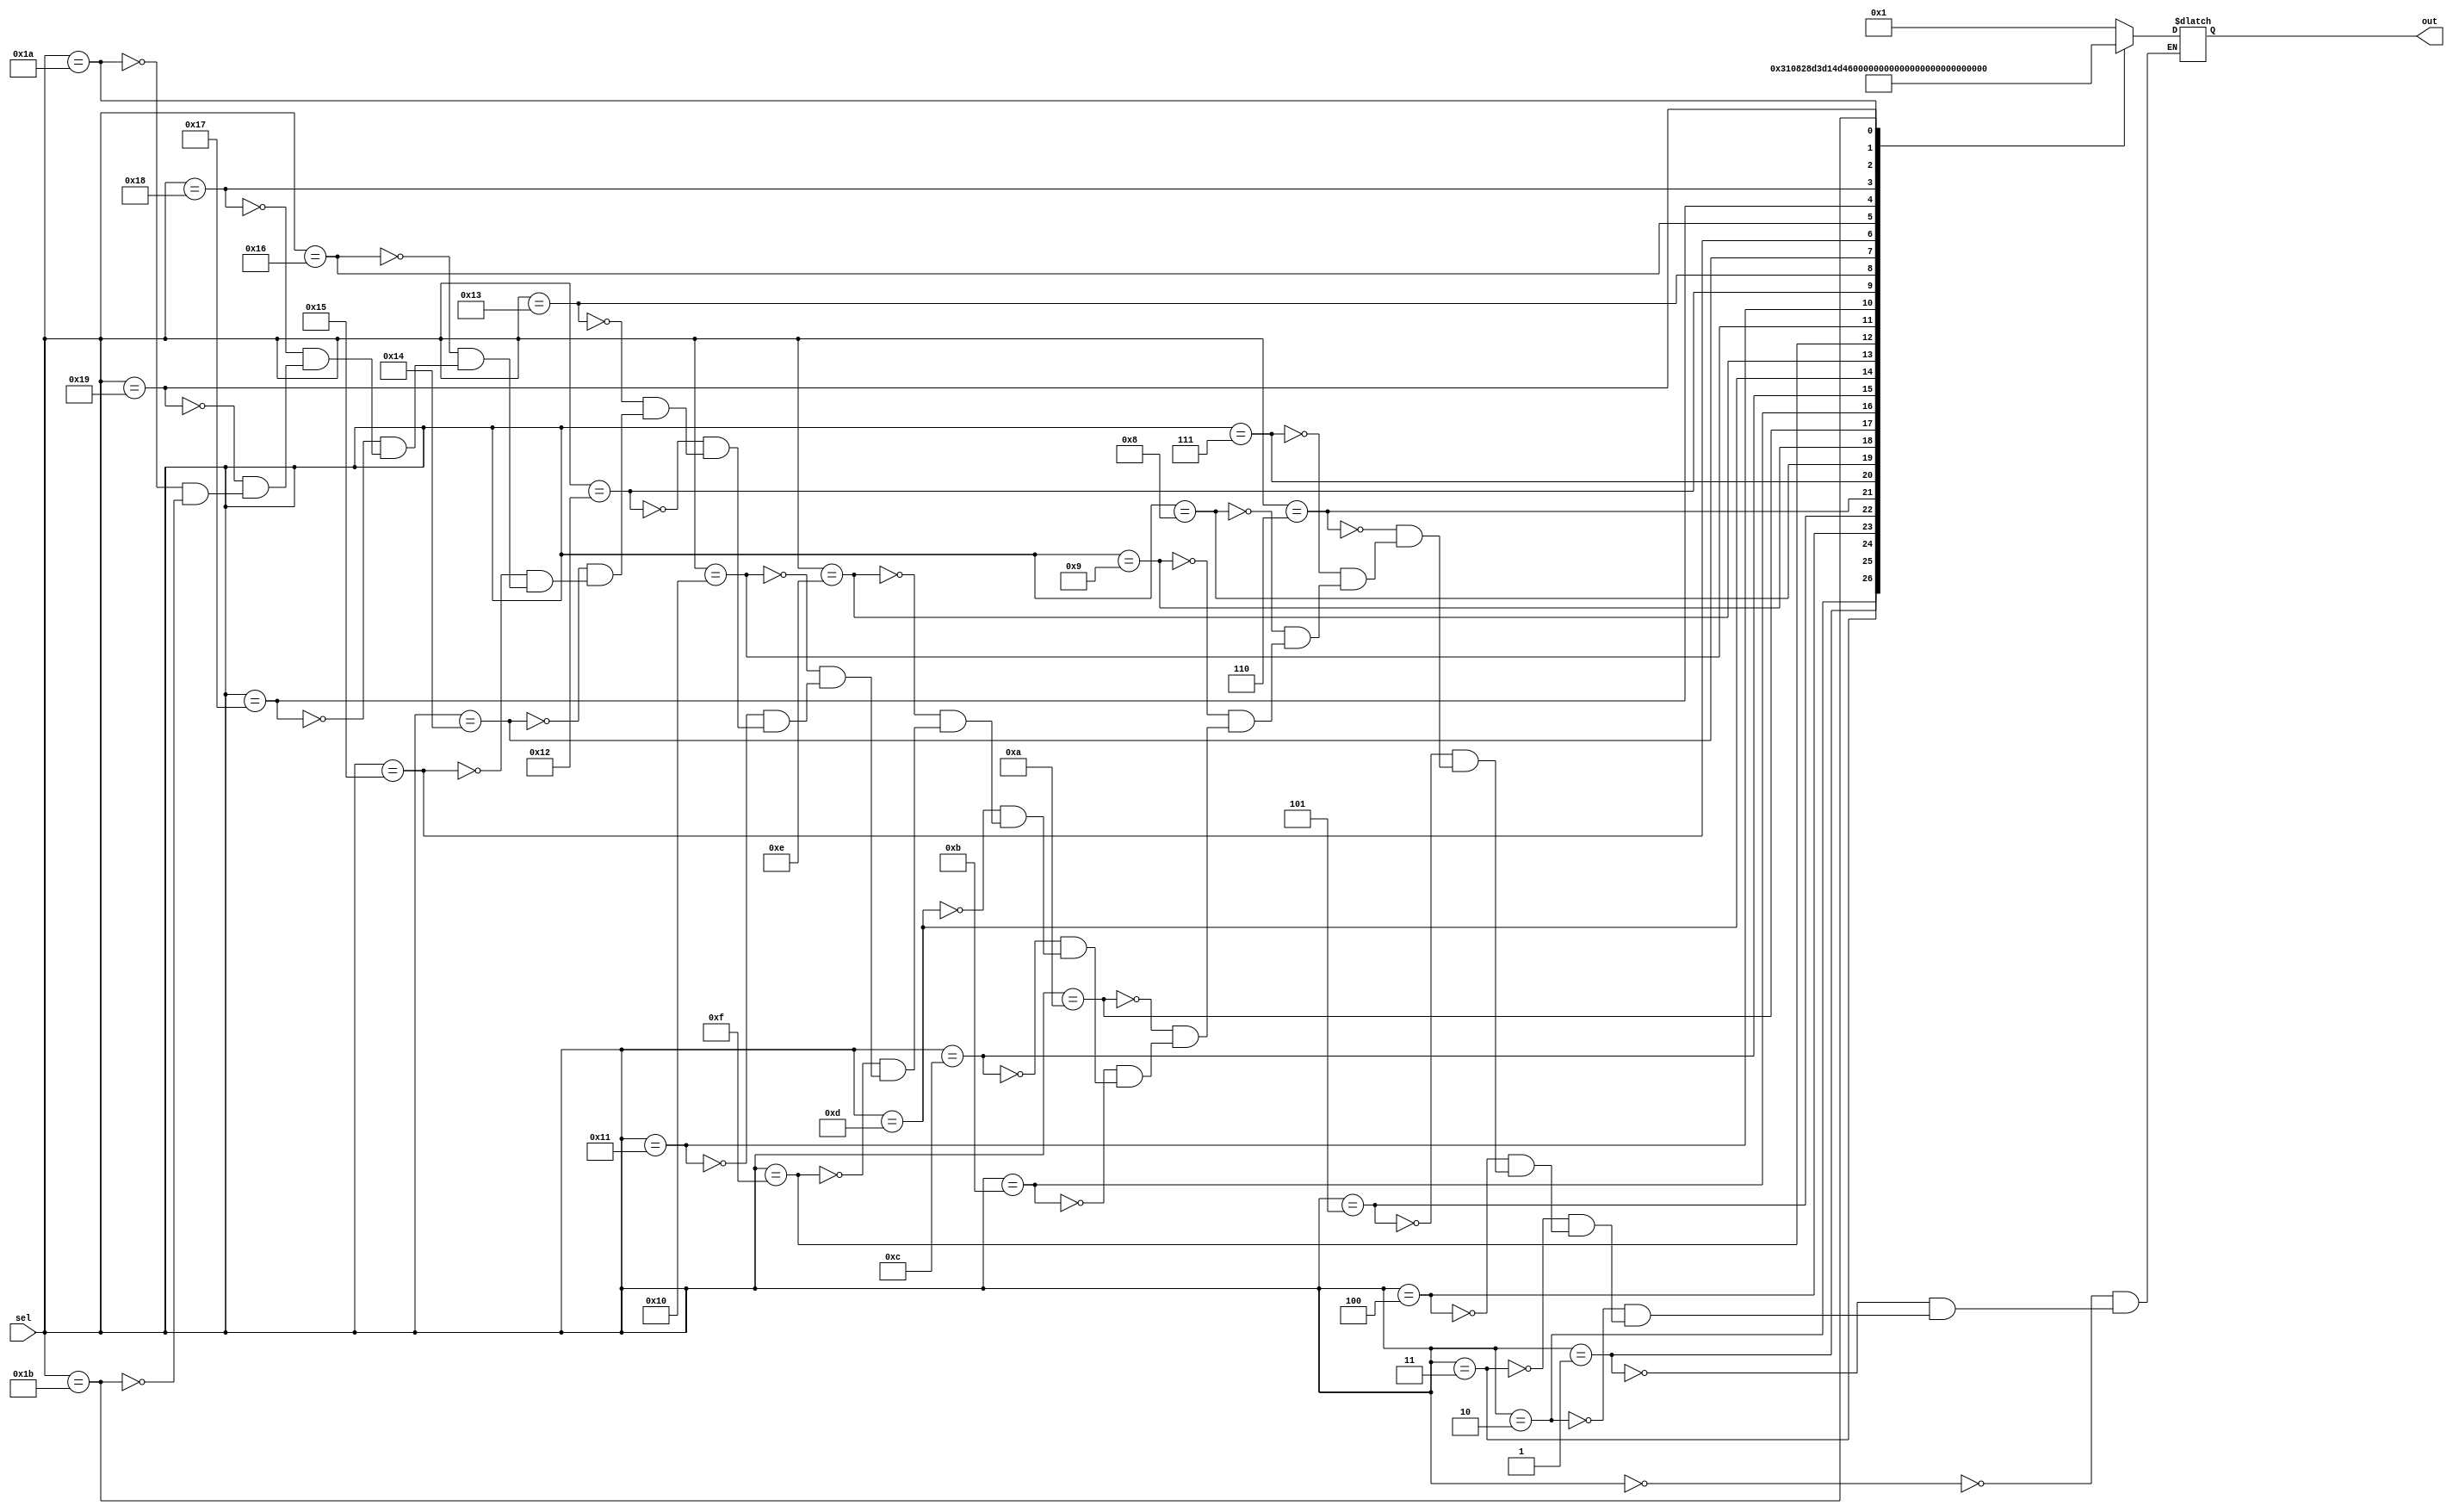
module rom1
    #(parameter SIZE=6)
    (
    input [4:0] sel,
    output reg [SIZE-1:0] out
    );
    
    always @(*) begin
    case (sel)
        0: out = 1;
        1: out = 3;
        2: out = 4;
        3: out = 8;
        4: out = 10;
        5: out = 13;
        6: out = 15;
        7: out = 1 + 6'b010000;
        8: out = 3 + 6'b010000;
        9: out = 4 + 6'b010000;
        10: out = 8 + 6'b010000;
        11: out = 10 + 6'b010000;
        12: out = 13 + 6'b010000;
        13: out = 15 + 6'b010000;
        14: out = 1 + 6'b100000;
        15: out = 3 + 6'b100000;
        16: out = 4 + 6'b100000;
        17: out = 8 + 6'b100000;
        18: out = 10 + 6'b100000;
        19: out = 13 + 6'b100000;
        20: out = 15 + 6'b100000;
        21: out = 1 + 6'b110000;
        22: out = 3 + 6'b110000;
        23: out = 4 + 6'b110000;
        24: out = 8 + 6'b110000;
        25: out = 10 + 6'b110000;
        26: out = 13 + 6'b110000;
        27: out = 15 + 6'b110000;
    endcase
    end
endmodule

module rom2
    #(parameter SIZE=32)
    (
    input [1:0] sel,
    output reg [SIZE-1:0] out
    );
    
    always @(*) begin
    case (sel)
        0: out = 32'h00000065;
        1: out = 32'h00000054;
        2: out = 32'h00000040;
        3: out = 32'h00000082;
    endcase
    end
endmodule

module rom3
    #(parameter SIZE=32)
    (
    input [1:0] sel,
    output reg [SIZE-1:0] out
    );
    
    always @(*) begin
    case (sel)
        0: out = 32'h00000031;
        1: out = 32'h00000032;
        2: out = 32'h00000033;
        3: out = 32'h00000034;
    endcase
    end
endmodule

module rom4
    #(parameter SIZE=32)
    (
    input [1:0] sel,
    output reg [SIZE-1:0] out
    );
    
    always @(*) begin
    case (sel)
        0: out = 32'h00000041;
        1: out = 32'h00000042;
        2: out = 32'h00000043;
        3: out = 32'h00000044;
    endcase
    end
endmodule

module rom5
    #(parameter SIZE=32)
    (
    input [1:0] sel,
    output reg [SIZE-1:0] out
    );
    
    always @(*) begin
    case (sel)
        0: out = 32'h00000051;
        1: out = 32'h00000052;
        2: out = 32'h00000053;
        3: out = 32'h00000054;
    endcase
    end
endmodule

module rom6
    #(parameter SIZE=32)
    (
    input [2:0] sel,
    output reg [SIZE-1:0] out
    );
    
    always @(*) begin
    case (sel)
        0: out = 32'h97245000;
        1: out = 32'h98243000;
        2: out = 32'h99243000;
        3: out = 32'h00243000;
        4: out = 32'h01243000;
    endcase
    end
endmodule